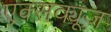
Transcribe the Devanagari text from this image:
एक्सक्यूज़